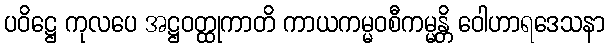
ပဝိဋ္ဌေ ကုလပေ အဋ္ဌဝတ္ထုကာတိ ကာယကမ္မဝစီကမ္မန္တိ ဝေါဟာရဒေသနာ